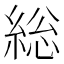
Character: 総